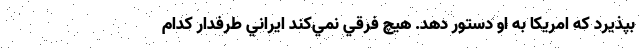
بپذيرد كه امريكا به او دستور دهد. هيچ فرقي نمي‌كند ايراني طرفدار كدام